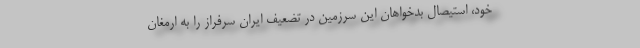
خود، استیصال بدخواهان این سرزمین در تضعیف ایران سرفراز را به ارمغان